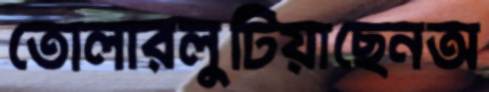
তোলারলুটিয়াছেনঅ